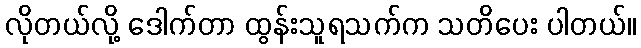
လိုတယ်လို့ ဒေါက်တာ ထွန်းသူရသက်က သတိပေး ပါတယ်။